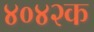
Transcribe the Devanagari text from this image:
४०४२क